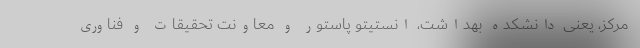
مرکز، یعنی دانشکده بهداشت، انستیتو پاستور و معاونت تحقیقات و فناوری